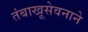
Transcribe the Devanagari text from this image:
तंबाखूसेवनाने